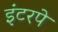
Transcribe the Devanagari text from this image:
इंटरपे